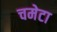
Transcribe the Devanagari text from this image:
चमेटा